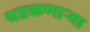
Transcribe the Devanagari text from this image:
थडकणार्‍या